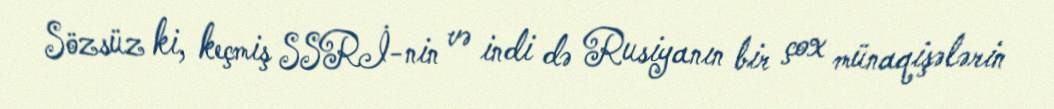
Sözsüz ki, keçmiş SSRİ-nin və indi də Rusiyanın bir çox münaqişələrin